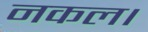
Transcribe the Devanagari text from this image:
नकल।